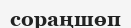
сораңшөп